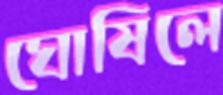
ঘোষিলে